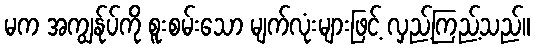
မက အကျွန်ုပ်ကို စူးစမ်းသော မျက်လုံးများဖြင့် လှည့်ကြည့်သည်။